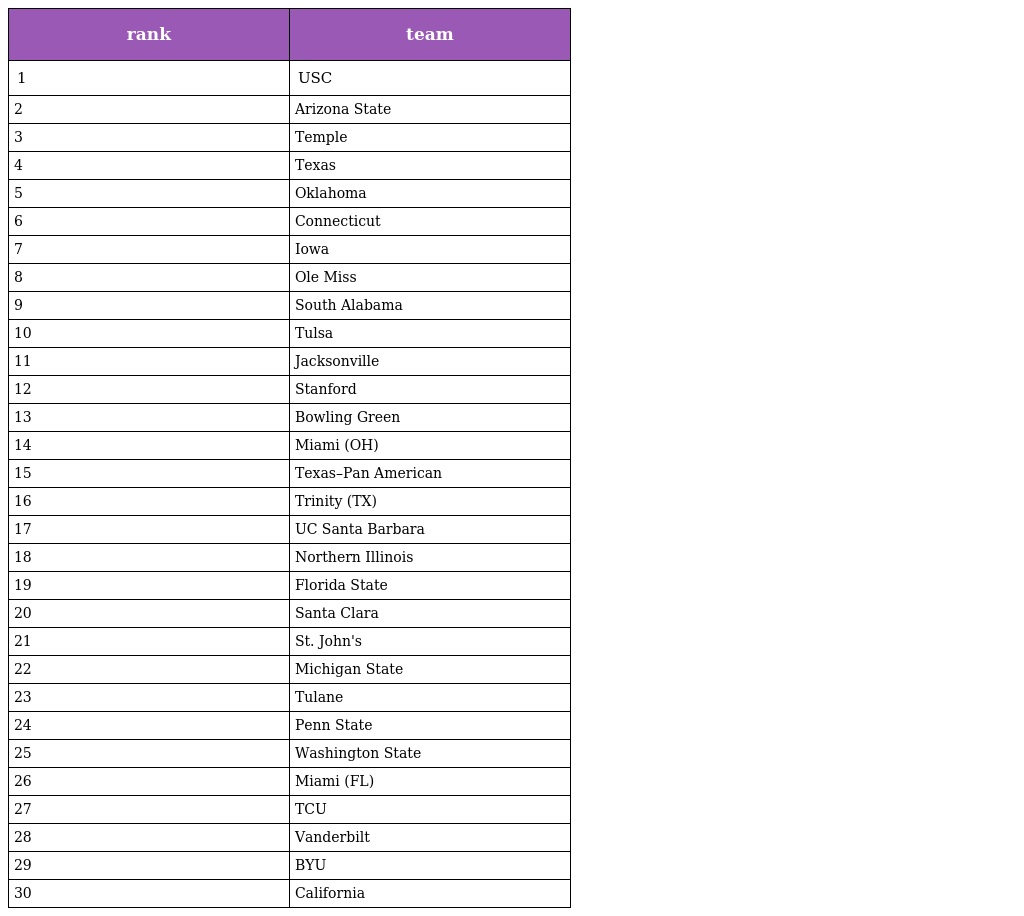
| rank | team |
 | --- | --- |
 | 1 | USC |
 | 2 | Arizona State |
 | 3 | Temple |
 | 4 | Texas |
 | 5 | Oklahoma |
 | 6 | Connecticut |
 | 7 | Iowa |
 | 8 | Ole Miss |
 | 9 | South Alabama |
 | 10 | Tulsa |
 | 11 | Jacksonville |
 | 12 | Stanford |
 | 13 | Bowling Green |
 | 14 | Miami (OH) |
 | 15 | Texas–Pan American |
 | 16 | Trinity (TX) |
 | 17 | UC Santa Barbara |
 | 18 | Northern Illinois |
 | 19 | Florida State |
 | 20 | Santa Clara |
 | 21 | St. John's |
 | 22 | Michigan State |
 | 23 | Tulane |
 | 24 | Penn State |
 | 25 | Washington State |
 | 26 | Miami (FL) |
 | 27 | TCU |
 | 28 | Vanderbilt |
 | 29 | BYU |
 | 30 | California |